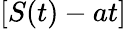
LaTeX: [S(t)-at]